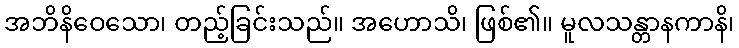
အဘိနိဝေသော၊ တည့်ခြင်းသည်။ အဟောသိ၊ ဖြစ်၏။ မူလသန္တာနကာနိ၊